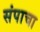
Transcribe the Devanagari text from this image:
संपाचा